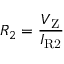
R _ { 2 } = { \frac { V _ { \mathrm { Z } } } { I _ { \mathrm { R 2 } } } }